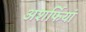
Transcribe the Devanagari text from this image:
अशर्फियां